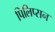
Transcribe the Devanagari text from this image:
पिलिप्सन